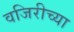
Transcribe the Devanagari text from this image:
वजिरीच्या